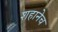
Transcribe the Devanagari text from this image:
शहानेच